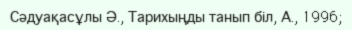
Сәдуақасұлы Ә., Тарихыңды танып біл, А., 1996;